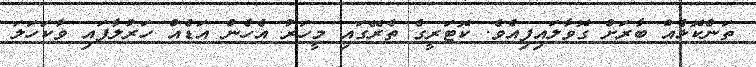
ތަންކޮޅެއް ބާރަށް ގޮވާލައިފިއެވެ. ކޮޓަރީގެ ތެރޭގައި މީހަރު އެހެން އަޑެއް ހަރުލާފައި ވާކަހަލަ